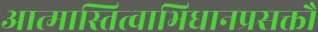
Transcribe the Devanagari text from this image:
आत्मास्तित्वाभिधानप्रसक्तौ